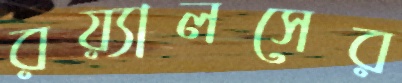
রয়্যালসের